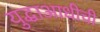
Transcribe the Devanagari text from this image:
युद्धाआधीची